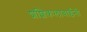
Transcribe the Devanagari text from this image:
शशिकलाबाईंनी